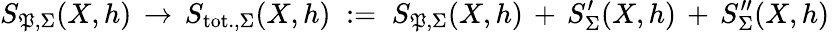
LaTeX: S_{\mathfrak{P},\Sigma}(X,h)\, \to\, S_{\mathrm{{tot.,}}\Sigma}(X,h)\; :=\; S_{\mathfrak{P},\Sigma}(X,h)\, +\, S_{\Sigma}^{\prime}(X,h)\, +\, S_{\Sigma}^{\prime\prime}(X,h)\,